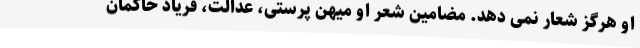
او هرگز شعار نمی دهد. مضامین شعر او میهن پرستی، عدالت، فریاد حاکمان